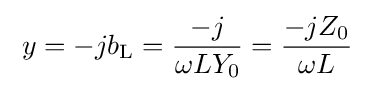
\;y=-jb_{\text{L}}={\frac {-j}{\omega LY_{0}}}={\frac {-jZ_{0}}{\omega L}}\;